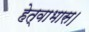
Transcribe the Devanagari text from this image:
हेत्वाभास।